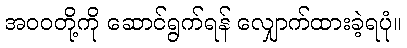
အဝဝတို့ကို ဆောင်ရွက်ရန် လျှောက်ထားခဲ့ရပုံ။